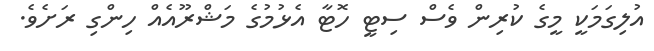
އުލިގަމަކީ މީގެ ކުރިން ވެސް ސިޓީ ހޮޓާ އެޅުމުގެ މަޝްރޫއެއް ހިންގި ރަށެވެ.